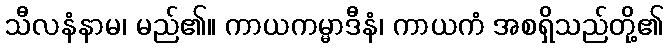
သီလနံနာမ၊ မည်၏။ ကာယကမ္မာဒီနံ၊ ကာယကံ အစရှိသည်တို့၏